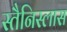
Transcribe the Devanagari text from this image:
स्तैनिस्लास